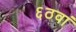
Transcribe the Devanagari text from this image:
६ठवां